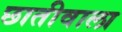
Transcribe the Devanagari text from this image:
छातीवाला